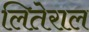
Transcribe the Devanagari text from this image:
लितेराल